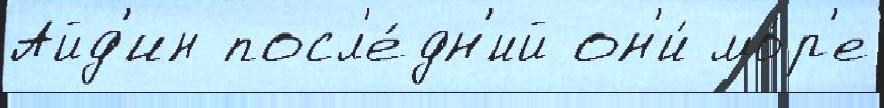
Айд'ин посл'е́дн'ий он'и́ мо́р'е